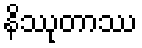
နိဿုတာဿ